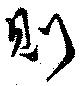
則